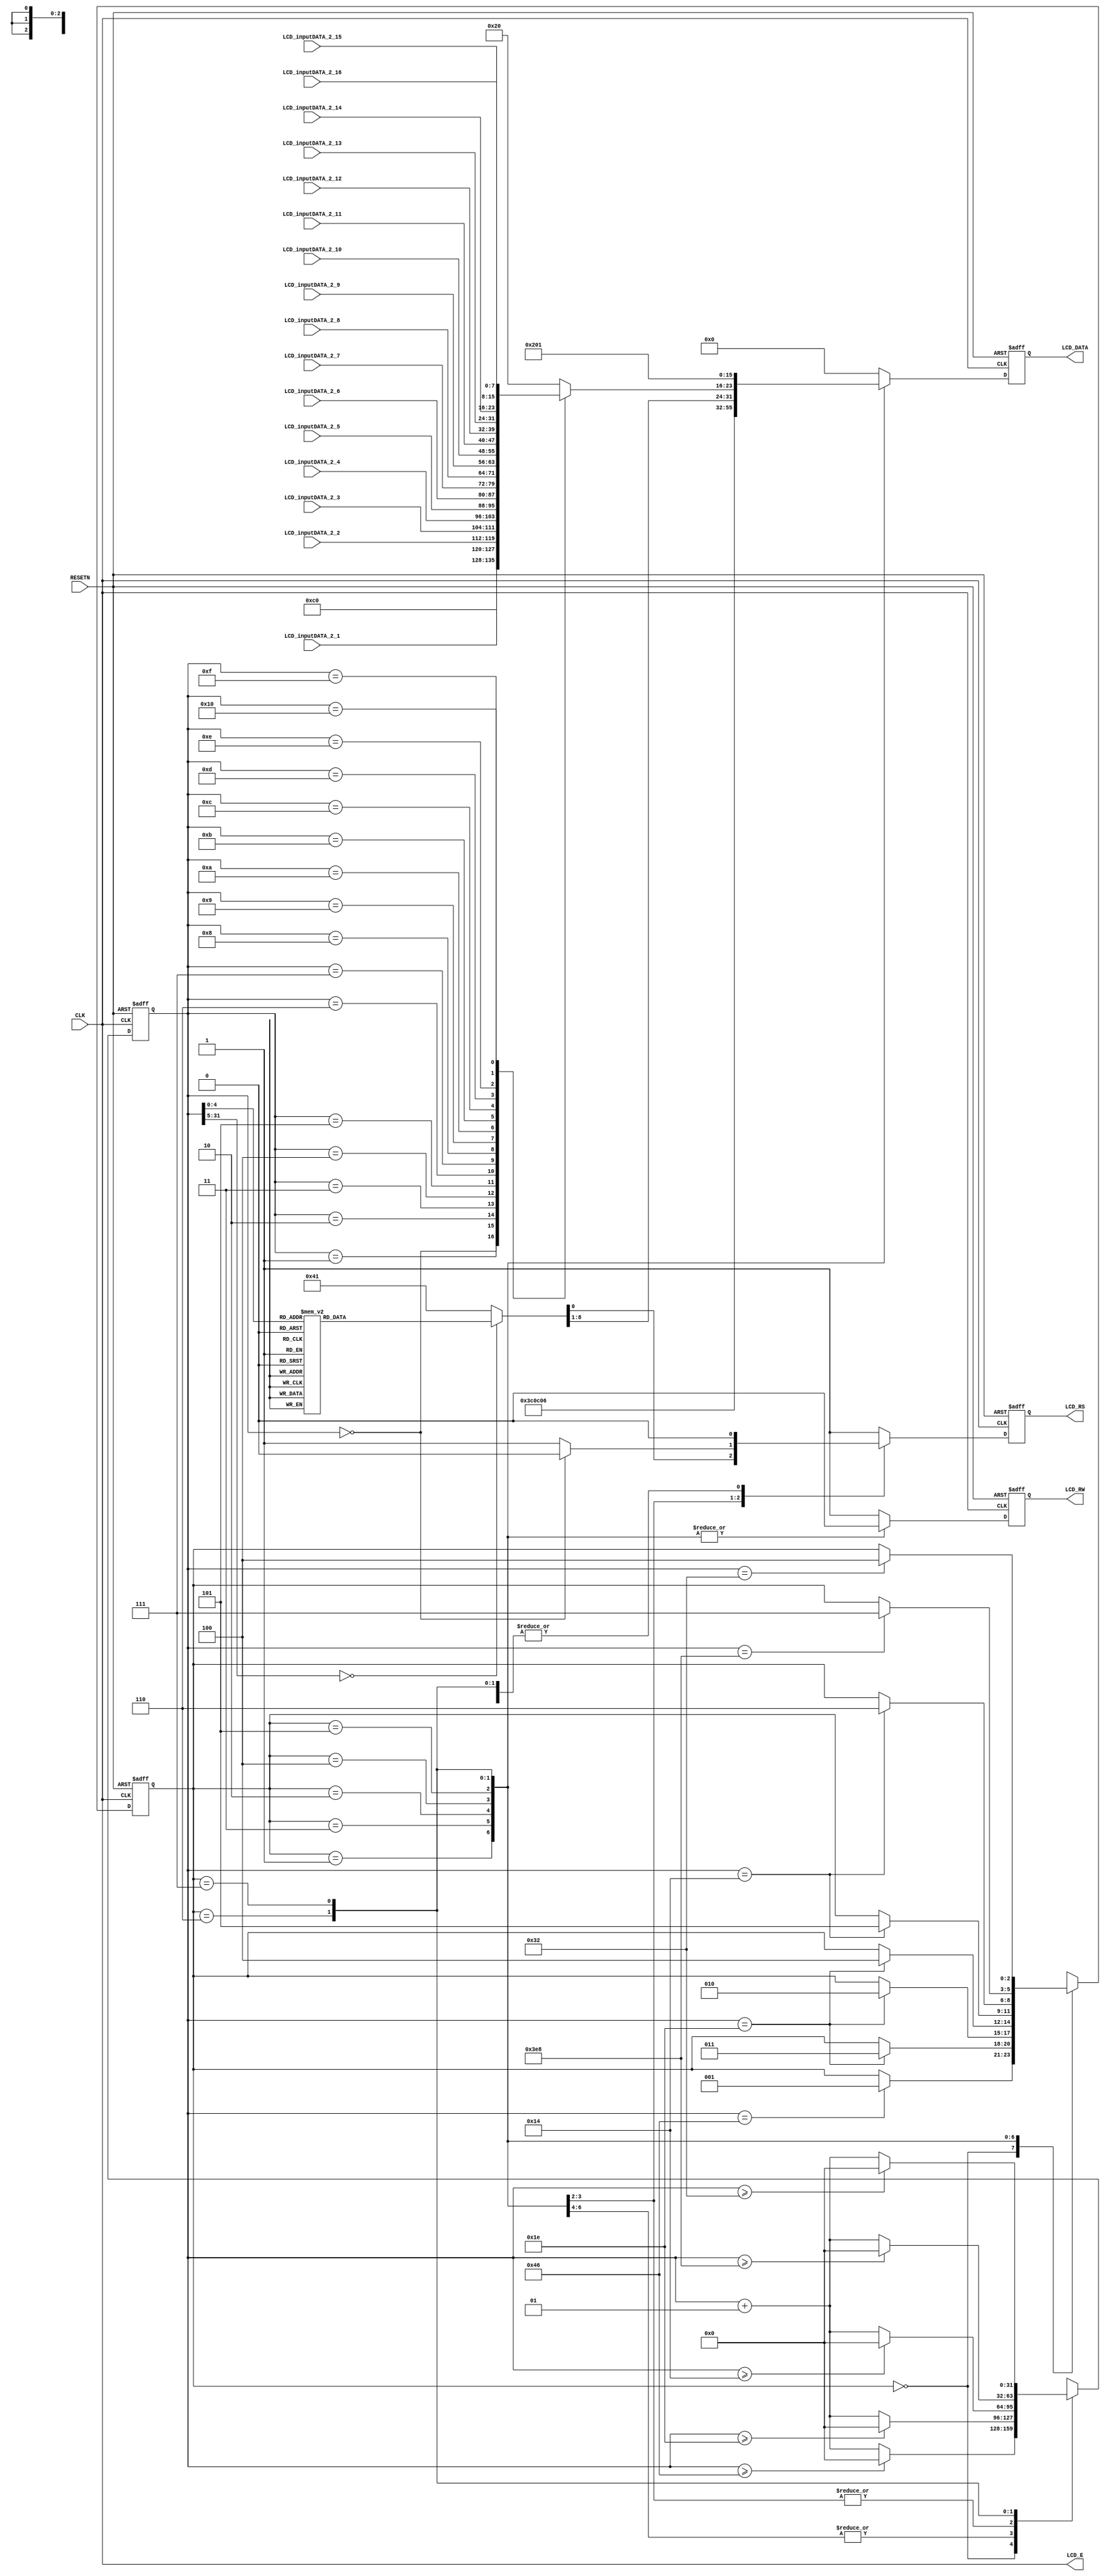
// LCD_ShowEncrypted.v

    module LCD_ShowEncrypted (
        RESETN, CLK,
        
        LCD_inputDATA_2_1,
        LCD_inputDATA_2_2,
        LCD_inputDATA_2_3,
        LCD_inputDATA_2_4,
        LCD_inputDATA_2_5,
        LCD_inputDATA_2_6,
        LCD_inputDATA_2_7,
        LCD_inputDATA_2_8,
        LCD_inputDATA_2_9,
        LCD_inputDATA_2_10,
        LCD_inputDATA_2_11,
        LCD_inputDATA_2_12,
        LCD_inputDATA_2_13,
        LCD_inputDATA_2_14,
        LCD_inputDATA_2_15,
        LCD_inputDATA_2_16,
        
        LCD_E, LCD_RS, LCD_RW, LCD_DATA );
        
    input RESETN, CLK;

    input [7:0] LCD_inputDATA_2_1;
    input [7:0] LCD_inputDATA_2_2;
    input [7:0] LCD_inputDATA_2_3;
    input [7:0] LCD_inputDATA_2_4;
    input [7:0] LCD_inputDATA_2_5;
    input [7:0] LCD_inputDATA_2_6;
    input [7:0] LCD_inputDATA_2_7;
    input [7:0] LCD_inputDATA_2_8;
    input [7:0] LCD_inputDATA_2_9;
    input [7:0] LCD_inputDATA_2_10;
    input [7:0] LCD_inputDATA_2_11;
    input [7:0] LCD_inputDATA_2_12;
    input [7:0] LCD_inputDATA_2_13;
    input [7:0] LCD_inputDATA_2_14;
    input [7:0] LCD_inputDATA_2_15;
    input [7:0] LCD_inputDATA_2_16;
    
    
    output LCD_E, LCD_RS, LCD_RW;
    output [7:0] LCD_DATA;
    
    wire LCD_E;
    reg LCD_RS, LCD_RW;
    reg [7:0] LCD_DATA;
    reg [2:0] STATE;
    parameter DELAY = 3'b000,   FUNCTION_SET = 3'b001,
        ENTRY_MODE = 3'b010,    DISP_ONOFF = 3'b011,
        LINE1 = 3'b100,         LINE2 = 3'b101,
        DELAY_T = 3'b110,       CLEAR_DISP = 3'b111;
        
    integer CNT;
    
    always @(posedge RESETN or posedge CLK)
    begin
        if (RESETN) STATE = DELAY;
        else
            begin
                case (STATE)
                    DELAY :         if (CNT == 70) STATE = FUNCTION_SET;
                    FUNCTION_SET :  if (CNT == 30) STATE = DISP_ONOFF;
                    DISP_ONOFF :    if (CNT == 30) STATE = ENTRY_MODE;
                    ENTRY_MODE :    if (CNT == 30) STATE = LINE1;
                    LINE1 :         if (CNT == 20) STATE = LINE2;
                    LINE2 :         if (CNT == 20) STATE = DELAY_T;
                    DELAY_T :       if (CNT == 1000) STATE = CLEAR_DISP;
                    CLEAR_DISP :    if (CNT == 50) STATE = LINE1;
                    default :       STATE = DELAY;
                endcase
        end
    end
        
    always @(posedge RESETN or posedge CLK)
    begin
        if (RESETN) CNT = 0;
        else
            begin
                case (STATE)
                    DELAY : if (CNT >= 70) CNT = 0;
                            else CNT = CNT + 1;
                    FUNCTION_SET :  if (CNT >= 30) CNT = 0;
                                    else CNT = CNT + 1;
                    DISP_ONOFF :    if (CNT >= 30) CNT = 0;
                                    else CNT = CNT + 1;
                    ENTRY_MODE :    if (CNT >= 30) CNT = 0;
                                    else CNT = CNT + 1;
                    LINE1 :         if (CNT >= 20) CNT = 0;
                                    else CNT = CNT + 1;
                    LINE2 :         if (CNT >= 20) CNT = 0;
                                    else CNT = CNT + 1;
                    DELAY_T :       if (CNT >= 1000) CNT = 0;
                                    else CNT = CNT + 1;
                    CLEAR_DISP :    if (CNT >= 50) CNT = 0;
                                    else CNT = CNT + 1;
                    default :       CNT = 0;
                endcase
        end
    end


    always @(posedge RESETN or posedge CLK)
    begin
        if (RESETN) begin
            LCD_RS = 1'b1;
            LCD_RW = 1'b1;
            LCD_DATA = 8'b00000000;
            end
        else begin
                case (STATE)
                    FUNCTION_SET : begin
                        LCD_RS = 1'b0; LCD_RW = 1'b0;
                        LCD_DATA = 8'b00111100;
                        end
                    DISP_ONOFF : begin
                        LCD_RS = 1'b0; LCD_RW = 1'b0;
                        LCD_DATA = 8'b00001100;
                        end
                    ENTRY_MODE : begin
                        LCD_RS = 1'b0; LCD_RW = 1'b0;
                        LCD_DATA = 8'b00000110;
                        end
                    LINE1 : begin
                        LCD_RW = 1'b0;
                        
                        case (CNT)
                            0 : begin
                                LCD_RS = 1'b0; LCD_DATA = 8'b11000000;
                                end
                            1 : begin
                                LCD_RS = 1'b1; LCD_DATA = 8'b00100000; //
                                end
                            2 : begin
                                LCD_RS = 1'b1; LCD_DATA = 8'b00100000; //
                                end
                            3 : begin
                                LCD_RS = 1'b1; LCD_DATA = 8'b01000101; // E
                                end
                            4 : begin
                                LCD_RS = 1'b1; LCD_DATA = 8'b01001110; // N
                                end
                            5 : begin
                                LCD_RS = 1'b1; LCD_DATA = 8'b01000011; // C
                                end
                            6 : begin
                                LCD_RS = 1'b1; LCD_DATA = 8'b00101110; // .
                                end
                            7 : begin
                                LCD_RS = 1'b1; LCD_DATA = 8'b00100000; //
                                end
                            8 : begin
                                LCD_RS = 1'b1; LCD_DATA = 8'b01001101; // M
                                end
                            9 : begin
                                LCD_RS = 1'b1; LCD_DATA = 8'b01000101; // E
                                end
                            10 : begin
                                LCD_RS = 1'b1; LCD_DATA = 8'b01010011; // S
                                end
                            11 : begin
                                LCD_RS = 1'b1; LCD_DATA = 8'b01010011; // S
                                end
                            12 : begin
                                LCD_RS = 1'b1; LCD_DATA = 8'b01000001; // A
                                end
                            13 : begin
                                LCD_RS = 1'b1; LCD_DATA = 8'b01000111; // G
                                end
                            14 : begin
                                LCD_RS = 1'b1; LCD_DATA = 8'b01000101; // E
                                end
                            15 : begin
                                LCD_RS = 1'b1; LCD_DATA = 8'b00100000; //
                                end
                            16 : begin
                                LCD_RS = 1'b1; LCD_DATA = 8'b00100000; //
                                end
                            default : begin
                                LCD_RS = 1'b1; LCD_DATA = 8'b00100000;
                                end
                            endcase
                        end
                    LINE2 : begin
                    
                        LCD_RW = 1'b0;
                        
                        case (CNT)
                            0 : begin
                                LCD_RS = 1'b0; LCD_DATA = 8'b11000000;
                                end
                            1 : begin
                                LCD_RS = 1'b1; LCD_DATA = LCD_inputDATA_2_1; // T
                                end
                            2 : begin
                                LCD_RS = 1'b1; LCD_DATA = LCD_inputDATA_2_2; // E
                                end
                            3 : begin
                                LCD_RS = 1'b1; LCD_DATA = LCD_inputDATA_2_3; // X
                                end
                            4 : begin
                                LCD_RS = 1'b1; LCD_DATA = LCD_inputDATA_2_4; // T
                                end
                            5 : begin
                                LCD_RS = 1'b1; LCD_DATA = LCD_inputDATA_2_5; //
                                end
                            6 : begin
                                LCD_RS = 1'b1; LCD_DATA = LCD_inputDATA_2_6; // L
                                end
                            7 : begin
                                LCD_RS = 1'b1; LCD_DATA = LCD_inputDATA_2_7; // C
                                end
                            8 : begin
                                LCD_RS = 1'b1; LCD_DATA = LCD_inputDATA_2_8; // D
                                end
                            9 : begin
                                LCD_RS = 1'b1; LCD_DATA = LCD_inputDATA_2_9; //
                                end
                            10 : begin
                                LCD_RS = 1'b1; LCD_DATA = LCD_inputDATA_2_10; // E
                                end
                            11 : begin
                                LCD_RS = 1'b1; LCD_DATA = LCD_inputDATA_2_11; // X
                                end
                            12 : begin
                                LCD_RS = 1'b1; LCD_DATA = LCD_inputDATA_2_12; // A
                                end
                            13 : begin
                                LCD_RS = 1'b1; LCD_DATA = LCD_inputDATA_2_13; // M
                                end
                            14 : begin
                                LCD_RS = 1'b1; LCD_DATA = LCD_inputDATA_2_14; // P
                                end
                            15 : begin
                                LCD_RS = 1'b1; LCD_DATA = LCD_inputDATA_2_15; // L
                                end
                            16 : begin
                                LCD_RS = 1'b1; LCD_DATA = LCD_inputDATA_2_16; // E
                                end
                            default : begin
                                LCD_RS = 1'b1; LCD_DATA = 8'b00100000;
                                end
                            endcase
                        end
                    DELAY_T : begin
                        LCD_RS = 1'b0; LCD_RW = 1'b0;
                        LCD_DATA = 8'b00000010;
                        end
                    CLEAR_DISP : begin
                        LCD_RS = 1'b0; LCD_RW = 1'b0;
                        LCD_DATA = 8'b00000001;
                        end
                    default : begin
                        LCD_RS = 1'b1; LCD_RW = 1'b1;
                        LCD_DATA = 8'b00000000;
                        end
                    endcase
            end
        end

            assign LCD_E = CLK;
            
    endmodule